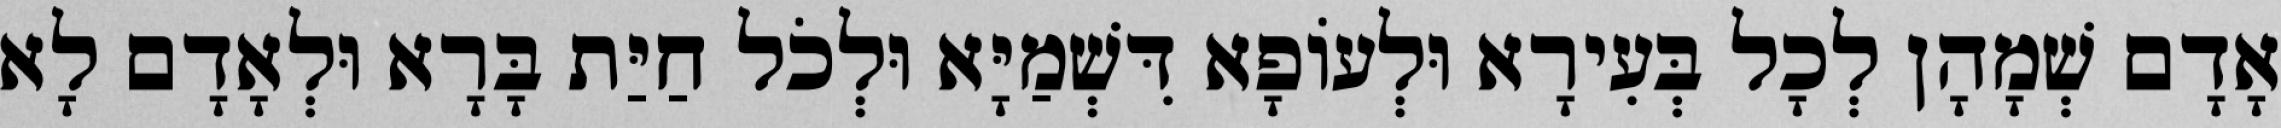
אָדָם שְׁמָהָן לְכָל בְּעִירָא וּלְעוֹפָא דִּשְׁמַיָּא וּלְכֹל חַיַּת בָּרָא וּלְאָדָם לָא